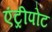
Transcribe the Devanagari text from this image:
एंट्रीपोट